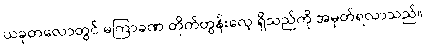
ယခုတလောတွင် မကြာခဏ တိုက်တွန်းလေ့ ရှိသည်ကို အမှတ်ရလာသည်။